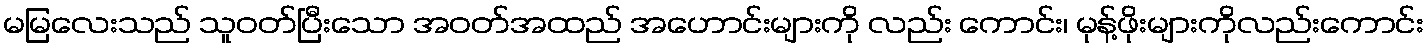
မမြလေးသည် သူဝတ်ပြီးသော အဝတ်အထည် အဟောင်းများကို လည်း ကောင်း၊ မုန့်ဖိုးများကိုလည်းကောင်း